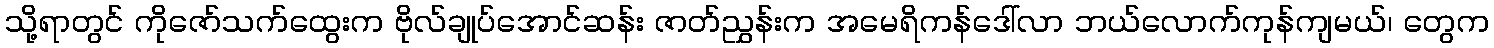
သို့ရာတွင် ကိုဇော်သက်ထွေးက ဗိုလ်ချုပ်အောင်ဆန်း ဇာတ်ညွှန်းက အမေရိကန်ဒေါ်လာ ဘယ်လောက်ကုန်ကျမယ်၊ တွေက